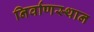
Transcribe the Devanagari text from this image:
निर्वाणस्थान